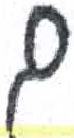
אות: ם